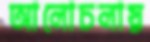
আলোচলায়